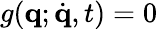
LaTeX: g(\mathbf{q};\dot{\mathbf{q}},t)=0